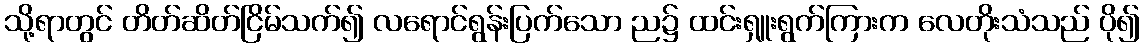
သို့ရာတွင် တိတ်ဆိတ်ငြိမ်သက်၍ လရောင်ရွန်းပြက်သော ည၌ ထင်းရှူးရွက်ကြားက လေတိုးသံသည် ပို၍